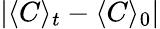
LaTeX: \vert\langle C\rangle_{t}-\langle C\rangle_{0}\vert